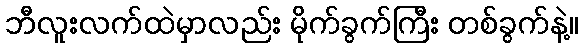
ဘီလူးလက်ထဲမှာလည်း မိုက်ခွက်ကြီး တစ်ခွက်နဲ့။